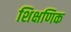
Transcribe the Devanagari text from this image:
शिक्षणिक